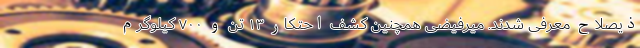
ذیصلاح معرفی شدند. میرفیضی همچنین کشف احتکار ۱۳ تُن و ۷۰۰ کیلوگرم